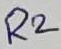
Text: R2